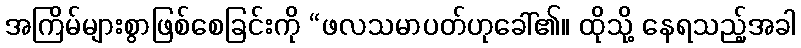
အကြိမ်များစွာဖြစ်စေခြင်းကို “ဖလသမာပတ်ဟုခေါ်၏။ ထိုသို့ နေရသည့်အခါ